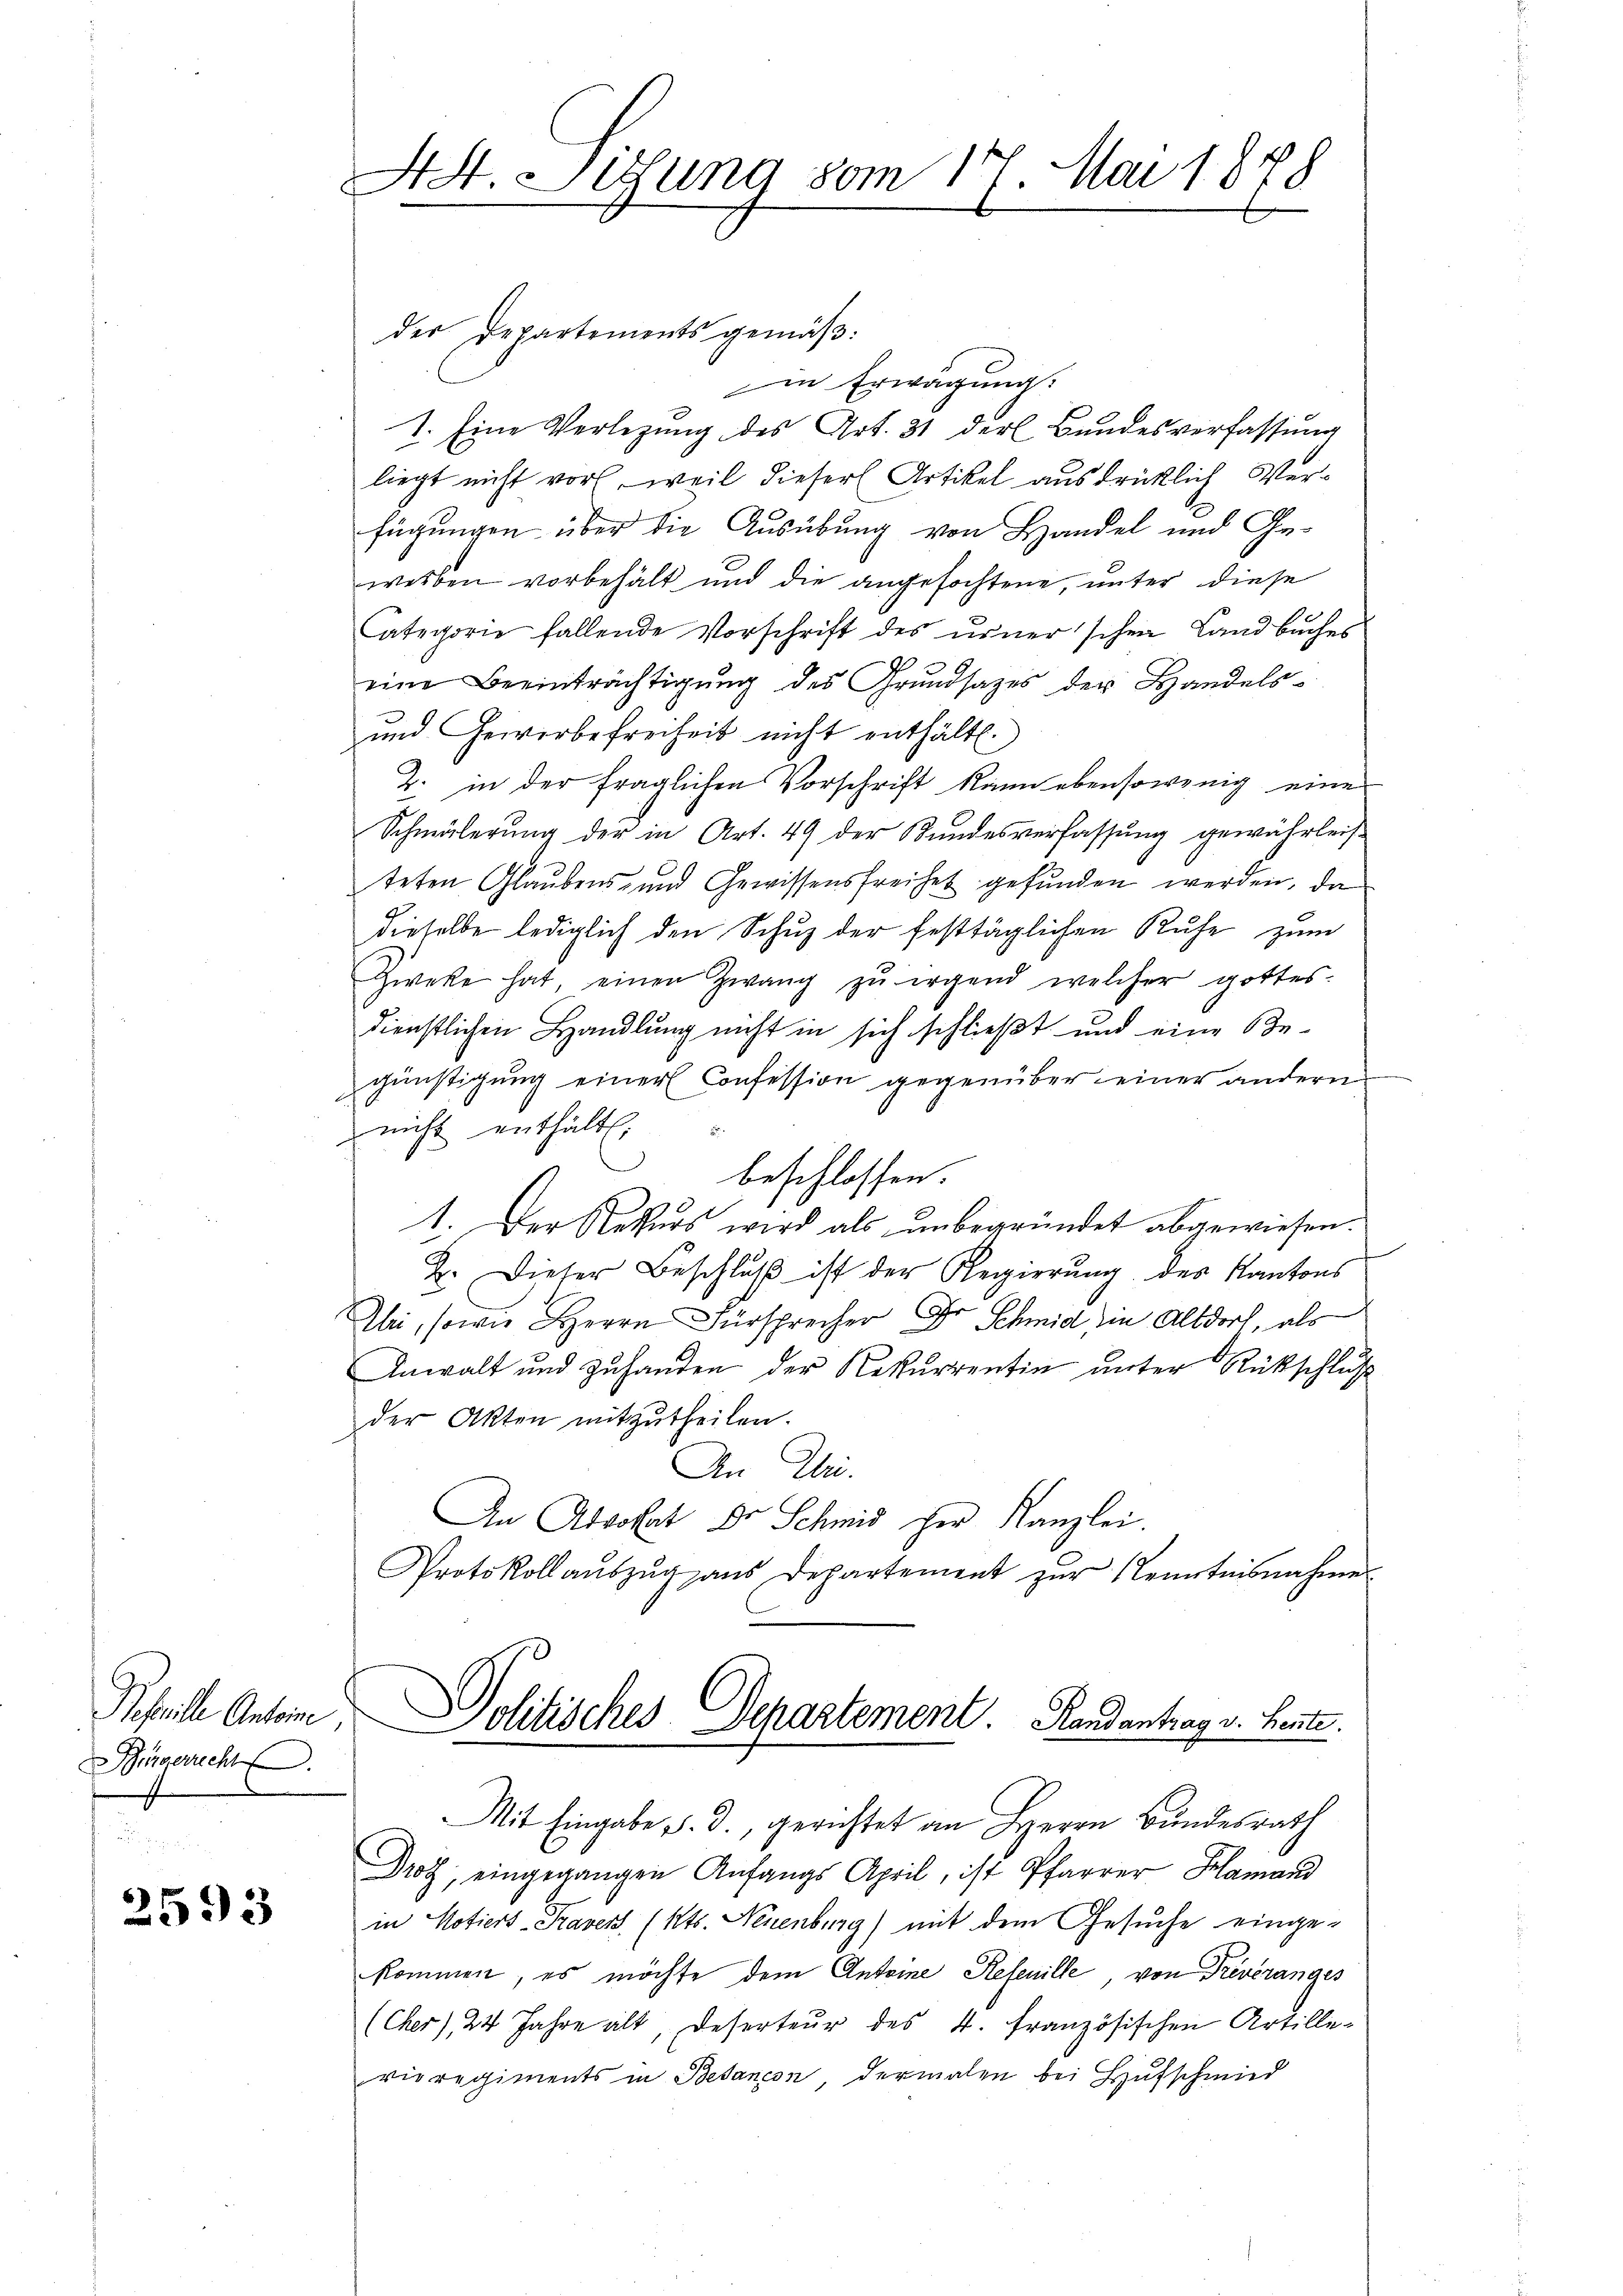
Bürgericht

2593

44. Sitzung vom 17. Mai 1878

des Departements gemäß:
in Erwägung.
1. Eine Verlegung des Art. 31 der Bundesverfassung
liegt nicht vor, weil dieser Artikel ausdrücklich Verfügungen über die Ausübung von Handel und Gewerben vorbehält und die angefochtene, unter diese
ategorie fallende Vorschrift des urner'schen Landbuches
eine Beeinträchtigŭng des Grŭndsatzes der Handels-
und Gewerbefreiheit nicht enthält.
2. in der fraglichen Vorschrift kann ebensowenig eine
Schmälerung der in Art. 49 der Bundesverfassung gewährleis-
teten Glaubens- und Gewissensfreihet gefunden werden, da
dieselbe lediglich den Schŭz der festtäglichen Ruhe zum
Zweke hat, einen Zwang zu irgend welcher gottes-
dienstlichen Handlung nicht in sich schließt und eine Be-
günstigung einer Confession gegenüber einer andern
nicht enthält.
beschlossen.
1. Der Rekurs wird als unbegründet abgewiesen.
2. Dieser Beschlŭβ ist der Regierŭng des Kantons
Abei, sowie Herrn Fürsprecher Dr Schmid in Altdorf, als
Anwalt und zuhanden der Rekurrentin unter Rückschluß
der Akten mitzutheilen.
An Dri.
An Advokat Dr Schmid der Kanzlei.
Protokollaŭszŭg ans Departement zŭr Kenntnisnahme

Pfeille Anton Politisches Departement. Randantrag v. heute.
Mit Eingabe v. 3., gerichtet an Herrn Bundesrath
Drot, eingegangen Anfangs April, ist Pfarrer Hamand

in Notiers-Kraver (kts. Neuenburg) mit dem Gesuche einge-
kommen, es möchte dem Antoine Refenille, von Triveranges
(Cher), 24 Jahre alt, Deserteŭr des 4. Französischen Artille-
vieregiments in Besançon, dermalen bei Hufschmied